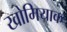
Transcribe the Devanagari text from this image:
खोमियाक